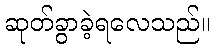
ဆုတ်ခွာခဲ့ရလေသည်။